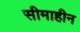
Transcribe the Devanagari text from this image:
सीमाहीन